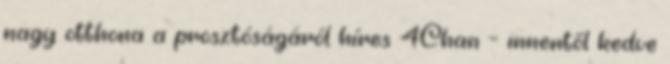
nagy otthona a prosztóságáról híres 4Chan – innentől kedve